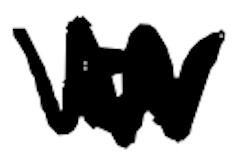
Text: a
Cross-out: zig-zag
Writing tool: digital_black